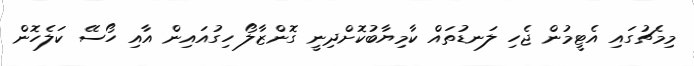
މިމެޗުގައި އެޓީމުން ޖެހި ލަނޑުތައް ކާމިޔާބުކޮށްދިނީ ގޮންޒާލޯ ހިގުއައިން އާއި ހޯސޭ ކަލެހޮން